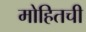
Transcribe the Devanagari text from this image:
मोहितची